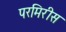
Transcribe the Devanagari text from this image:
परमिरीस